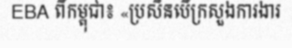
EBA ពីកម្ពុជា៖ «ប្រសិនបើក្រសួងការងារ